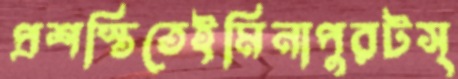
প্রশস্তিতেইমিনাপুরটস্‌